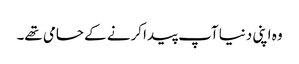
وہ اپنی دنیا آپ پیدا کرنے کے حامی تھے۔